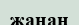
жанан